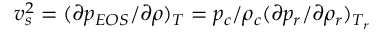
v _ { s } ^ { 2 } = ( \partial p _ { E O S } / \partial \rho ) _ { T } = p _ { c } / \rho _ { c } ( \partial p _ { r } / \partial \rho _ { r } ) _ { T _ { r } }